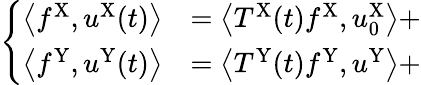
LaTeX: \left\{ \begin{array}{ll}{\left\langle f^{\mathrm{X}},u^{\mathrm{X}}(t)\right\rangle}&{=\left\langle T^{\mathrm{X}}(t)f^{\mathrm{X}},u_{0}^{\mathrm{X}}\right\rangle+}\\ {\left\langle f^{\mathrm{Y}},u^{\mathrm{Y}}(t)\right\rangle}&{=\left\langle T^{\mathrm{Y}}(t)f^{\mathrm{Y}},u^{\mathrm{Y}}\right\rangle+}\end{array}\right.